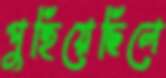
পুহিয়েছিলে